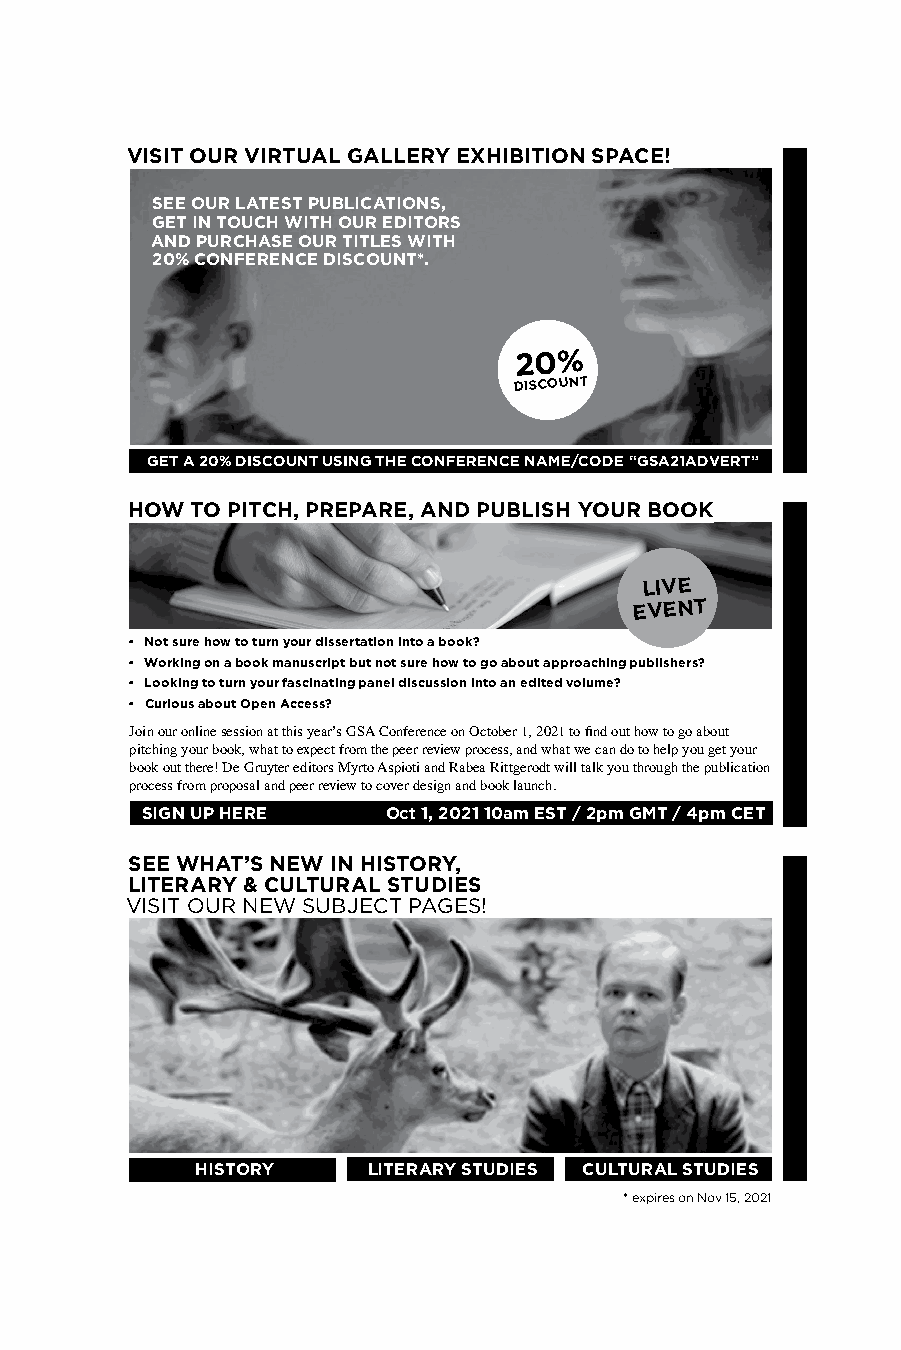
Degrutyer
 VISIT OUR VIRTUAL GALLERY EXHIBITION SPACE!
 SEE OUR LATEST PUBLICATIONS,
 GET IN TOUCH WITH OUR EDITORS
 AND PURCHASE OUR TITLES WITH
 20% CONFERENCE DISCOUNT*.
 20%
 DISCOUNT
 GET A 20% DISCOUNT USING THE CONFERENCE NAME/CODE “GSA21ADVERT”
 HOW  TO PITCH, PREPARE, AND PUBLISH YOUR BOOK
 LIVE
 EVENT
 • Not sure how to turn your dissertation into a book?
 • Working on a book manuscript but not sure how to go about approaching publishers?
 • Looking to turn your fascinating panel discussion into an edited volume?
 • Curious about Open Access?
 Join our online session at this year’s GSA Conference on October 1, 2021 to find out how to go about
 pitching your book, what to expect from the peer review process, and what we can do to help you get your
 book out there! De Gruyter editors Myrto Aspioti and Rabea Rittgerodt will talk you through the publication
 process from proposal and peer review to cover design and book launch.
 SIGN UP HERE     Oct 1, 2021 10am EST / 2pm GMT / 4pm CET
 SEE WHAT’S NEW IN HISTORY,
 LITERARY & CULTURAL STUDIES
 VISIT OUR NEW SUBJECT PAGES!
 HISTORY    LITERARY STUDIES CULTURAL STUDIES
 * expires on Nov 15, 2021